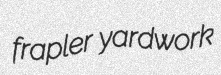
frapler yardwork